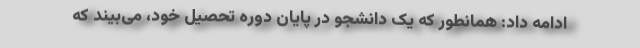
ادامه داد: همانطور که یک دانشجو در پایان دوره تحصیل خود، می‌بیند که